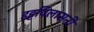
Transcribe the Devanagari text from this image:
हट्टविलासनी